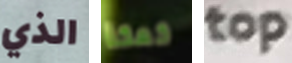
الذي كعكة top